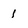
Character: 1